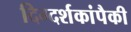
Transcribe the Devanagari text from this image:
दिग्दर्शकांपैकी